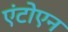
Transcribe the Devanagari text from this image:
एंटोएन